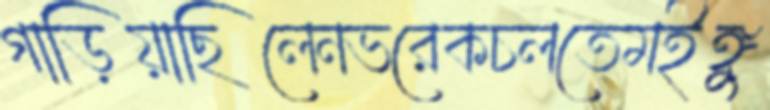
গাড়িয়াছিলেনভরেকচলতেমইঙ্গু